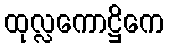
ထုလ္လကောဋ္ဌိကေ